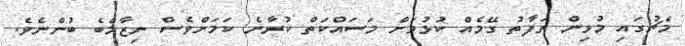
މެޗުގައި މުޅިން ތަަފާތު ގޭމެއް ކުޅުމަށް މަސައްކަތް ކުރާނެ ކަމަށްވެސް ނިޒާމްބެ ބުންނެވެ.